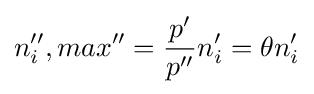
n_{i}'',max''={\frac {p'}{p''}}n_{i}'=\theta n_{i}'